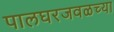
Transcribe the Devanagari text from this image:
पालघरजवळच्या